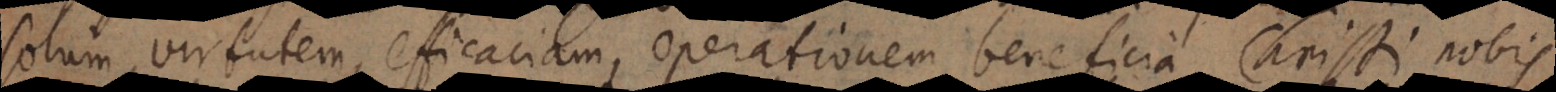
solum virtutem, efficaciam, operationem, beneficia Christi nobis